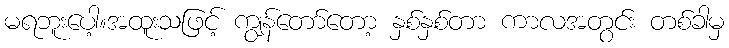
မရဘူးပေါ့။အထူးသဖြင့် ကျွန်တော်တော့ နှစ်နှစ်တာ ကာလအတွင်း တစ်ခါမှ